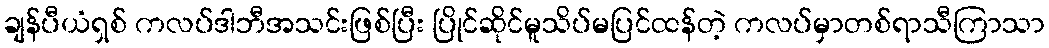
ချန်ပီယံရှစ် ကလပ်ဒါဘီအသင်းဖြစ်ပြီး ပြိုင်ဆိုင်မူသိပ်မပြင်ထန်တဲ့ ကလပ်မှာတစ်ရာသီကြာသာ